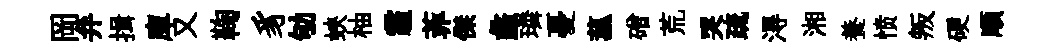
岡弁揖庫又鞠豸劬蛺柚霾菲傑蠡璘憂菰磳荒哭疏淂湘養愤叛硬順